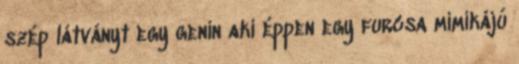
szép látványt egy genin aki éppen egy furcsa mimikájú